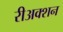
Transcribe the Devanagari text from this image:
रीअक्शन